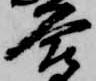
合